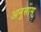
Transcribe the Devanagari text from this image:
अनुसास